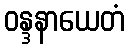
ဝန္ဒနာယေတံ